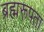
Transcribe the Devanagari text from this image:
ब्रह्मरूपता